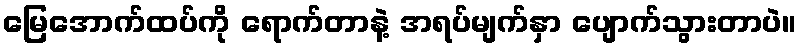
မြေအောက်ထပ်ကို ရောက်တာနဲ့ အရပ်မျက်နှာ ပျောက်သွားတာပဲ။